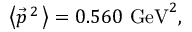
\left< \vec { p } ^ { \, 2 } \, \right> = 0 . 5 6 0 ~ \mathrm { G e V } ^ { 2 } ,